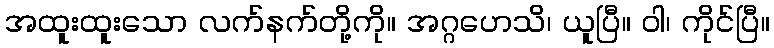
အထူးထူးသော လက်နက်တို့ကို။ အဂ္ဂဟေသိ၊ ယူပြီ။ ဝါ၊ ကိုင်ပြီ။